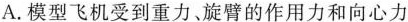
A.模型飞机受到重力，旋臂的作用力和向心力